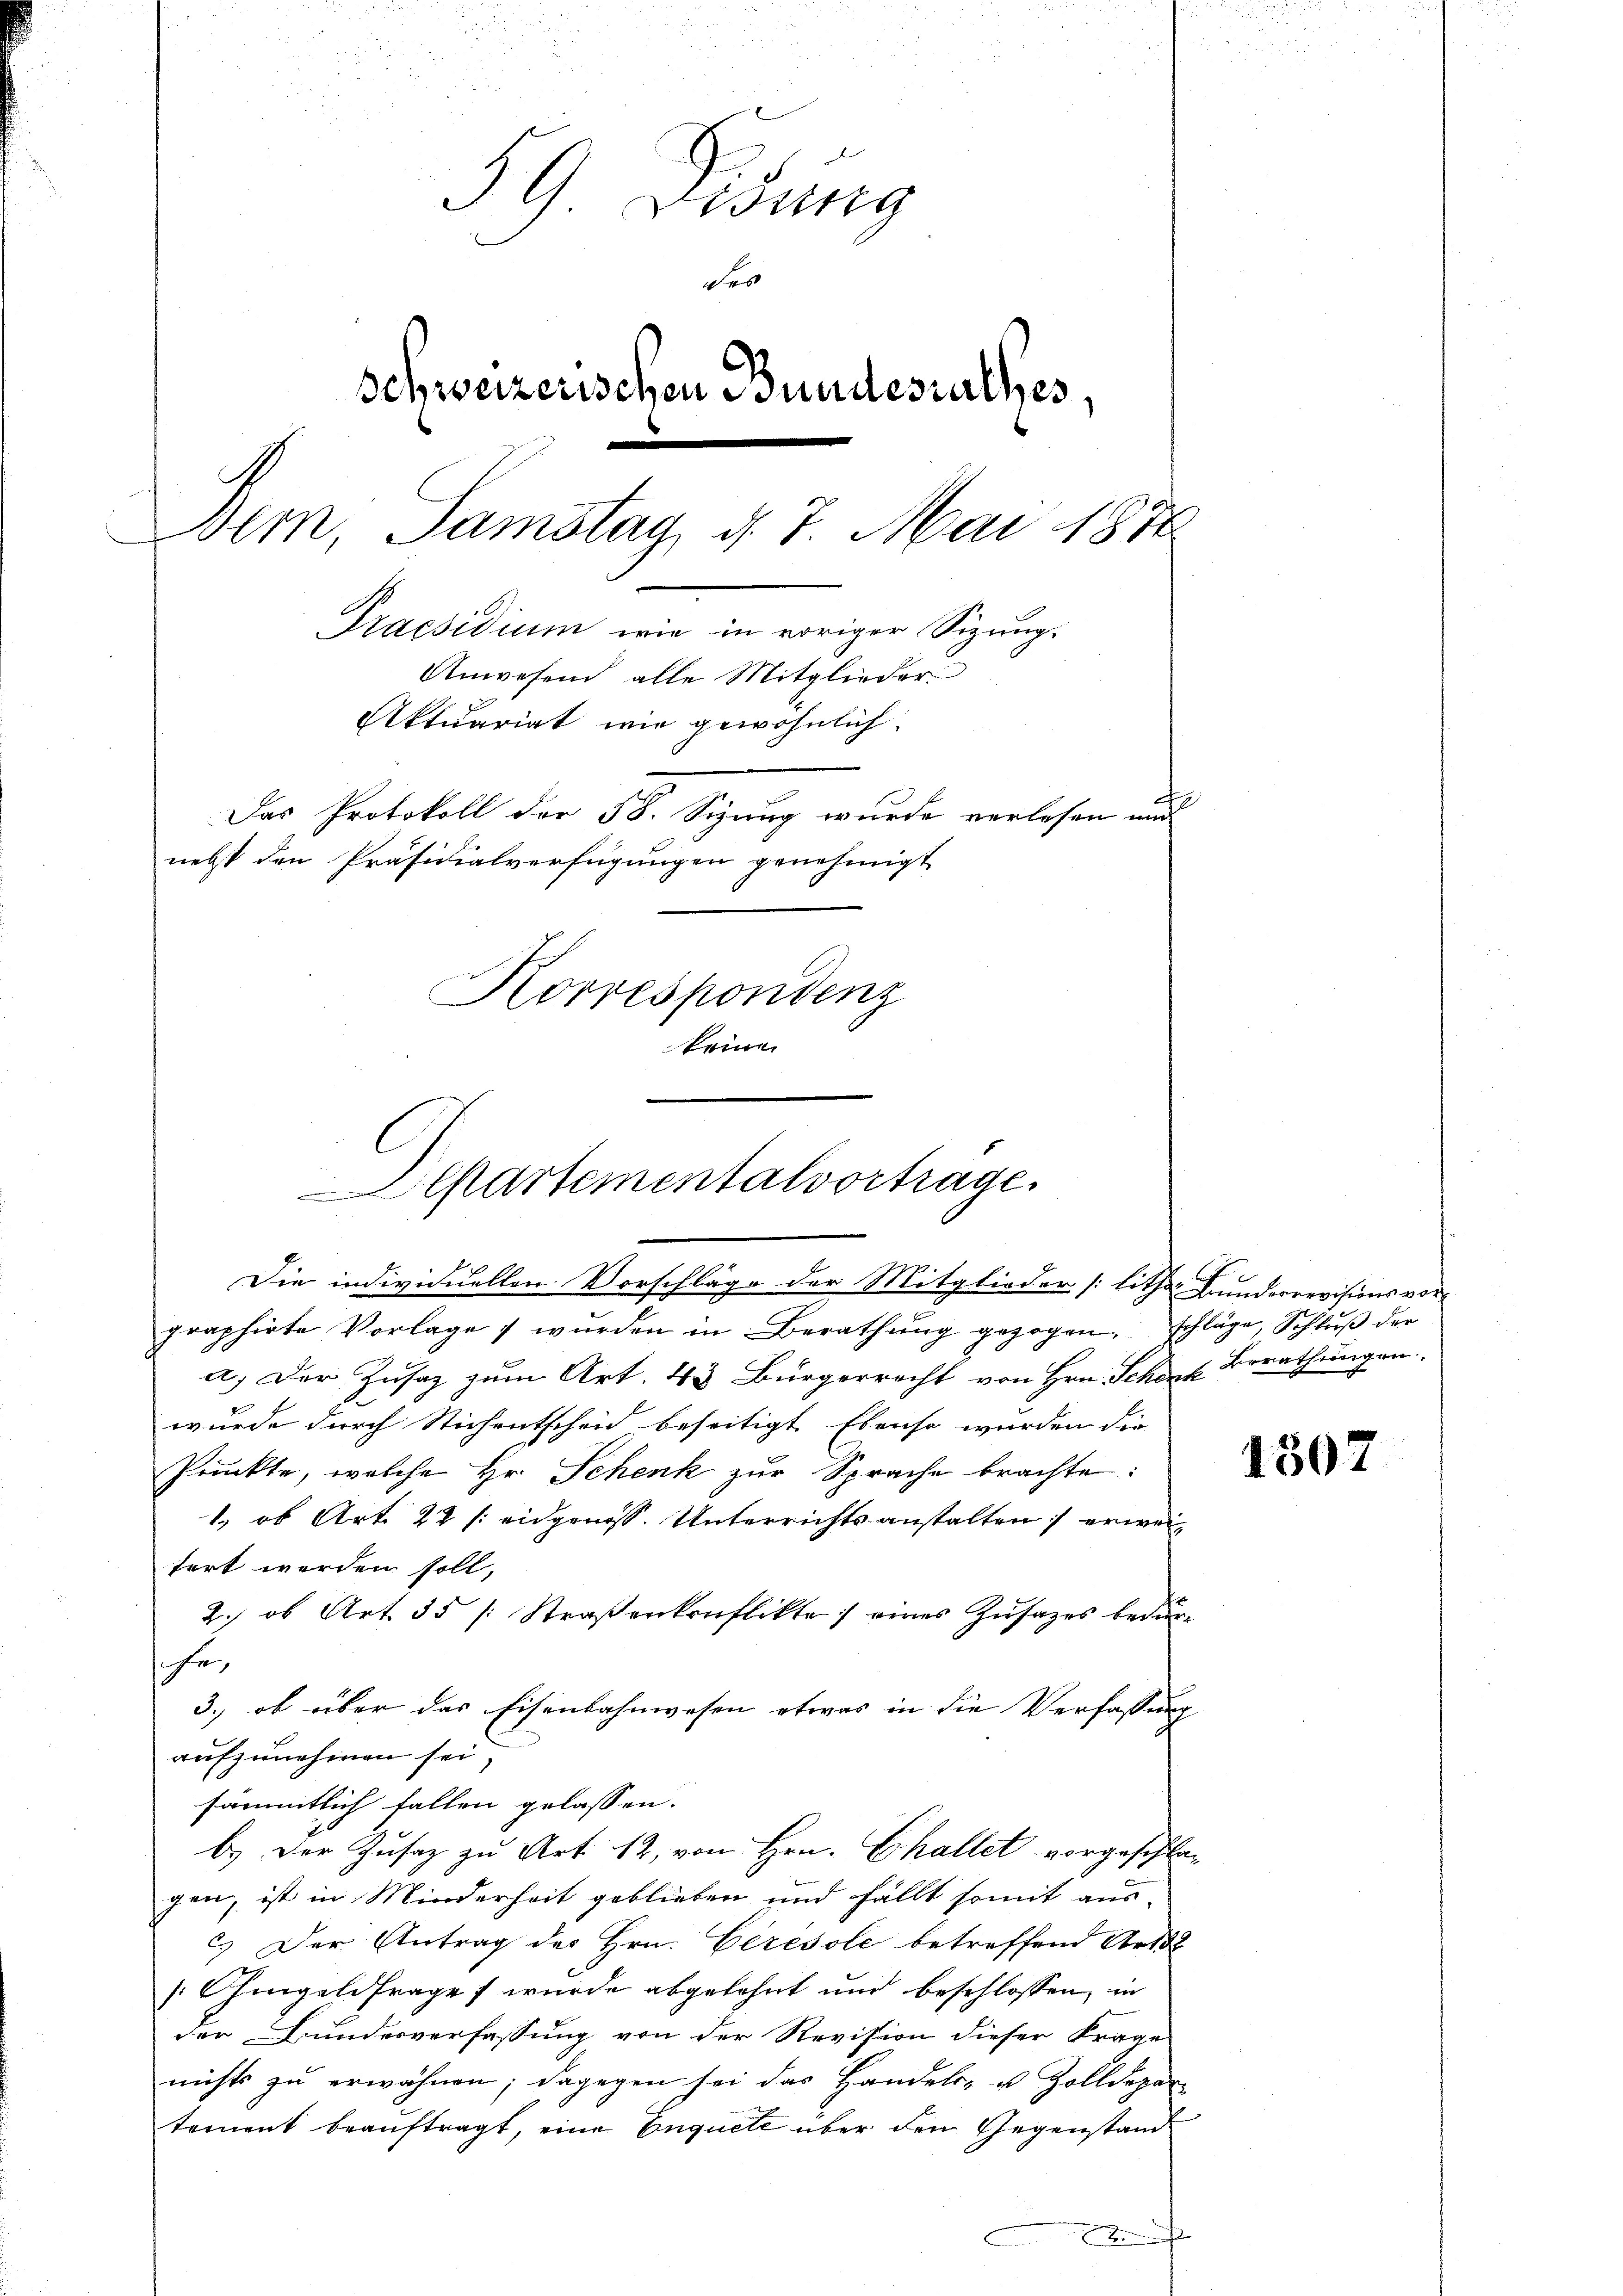
59 Didung
des
Schweizerischen Bundesrathes,
Dem, Samstag, d. 7. Mai 1876
Praesidium wie in voriger Sizungs
Anwesend alle Mitglieder.
Aktuariat wie gewöhnlich.
Das Protokoll der 58. Sizung wurde verlesen und
nebst den Präsidialverfügungen genehmigt.
Korrespondenz
keine

graphirte Vorlage wurden in Berathŭng gezogen, schläge, Schlŭβ der
a) Der Zusatz zum Art. 43 Bürgerrecht von Hrn. Schenk Berathungen.
wurde durch Stichentscheid beseitigt. Ebenso wurden die
Prunkte, welche Hr. Schenk zur Sprache brachte:
1., ob Art. 22 /: eidgenoss. Unterrichtsanstalten erweitört werden soll,
2.) ob Art. 35 (: Straßenkonflikte eines Zusatzes bedur-
he,
3., ob über das Eisenbahnwesen etwas in die Verfassung
aufzunehmen sei,
sämmtlich fallen gelassen.
b.) Der Zusatz zu Art. 12, von Hrn. Challet vorgeschlagen, ist in Minderheit geblieben und fällt somit ausc.) Der Antrag des Hrn. Ceresole betreffend Art
Ohmgeldfrages wurde abgelohnt und beschlossen, in
der Bundesverfassung von der Revision dieser Frage
nichts zu erwähnen; dagegen sei das Handels- u. Zolldepar
tement beauftragt, eine Enquete über den Gegenstand
.

Departementalvortrage.
Die individuellen Vorschläge der Mitglieder [lither Bunderrevisionsvor¬

150.